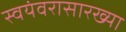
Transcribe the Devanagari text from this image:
स्वयंवरासारख्या